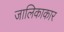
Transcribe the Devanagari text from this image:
जालिकाकार